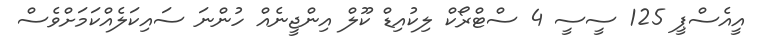
އީއެސްޕީ 125 ސީސީ 4 ސްޓްރޯކް ލިކުއިޑް ކޫލް އިންޖީނެއް ހުންނަ ސައިކަލެއްކަމަށްވެސް